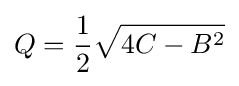
Q={\frac {1}{2}}{\sqrt {4C-B^{2}}}